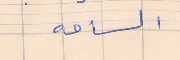
الساحه